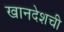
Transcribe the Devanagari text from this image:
खानदेशची